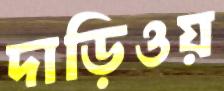
দাড়িওয়